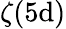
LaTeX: \zeta(5\mathrm{d})